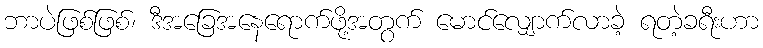
ဘာပဲဖြစ်ဖြစ်၊ ဒီအခြေအနေရောက်ဖို့အတွက် မောင်လျှောက်လာခဲ့ ရတဲ့ခရီးဟာ